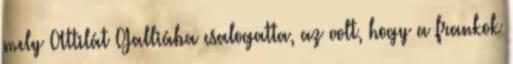
mely Attilát Galliába csalogatta, az volt, hogy a frankok